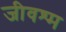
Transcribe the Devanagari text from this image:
जीवश्म